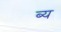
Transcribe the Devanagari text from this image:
ब्य